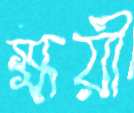
ক্ষয়ী